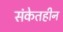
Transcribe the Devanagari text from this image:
संकेतहीन